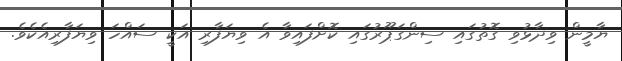
ޔާމީން ވިދާޅުވި ގޮތުގައި ސިންގަޕޫރުގައި ކޮށްފައިވާ އެ ވިޔަފާރި އަކީ ސައްހަ ވިޔަފާރިއެކެވެ.